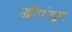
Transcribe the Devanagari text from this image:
द्वीपांतून